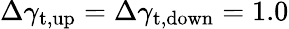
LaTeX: \Delta\gamma_{\mathrm{t,up}}=\Delta\gamma_{\mathrm{t,down}}=1.0